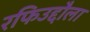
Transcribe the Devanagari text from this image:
रफिउद्दौला